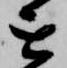
を